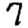
Digit: 7